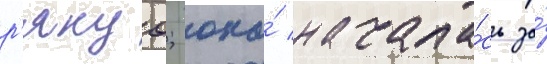
р'якуо; она́ начала́сь за́